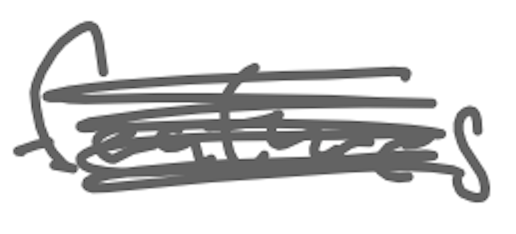
Text: features
Cross-out: scratch
Writing tool: digital_gray